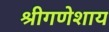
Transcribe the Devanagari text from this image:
श्रीगणेशाय